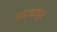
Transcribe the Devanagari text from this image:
सहजनपुर